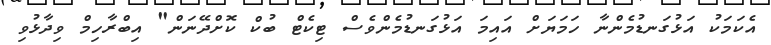
އެކަމަކު އަޅުގަނޑުމެންނާ ހަމަޔަށް އައިމަ އަޅުގަނޑުމެންވެސް ޓިކެޓް ބުކް ކޮށްދޭނަން" އިބްރާހިމް ވިދާޅުވި